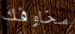
مخاوفك